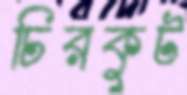
চিরকুট